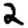
Digit: 2